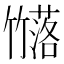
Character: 𮆗